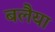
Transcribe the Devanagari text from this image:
बलैया